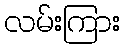
လမ်းကြား